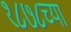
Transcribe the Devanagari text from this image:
१८७८च्या